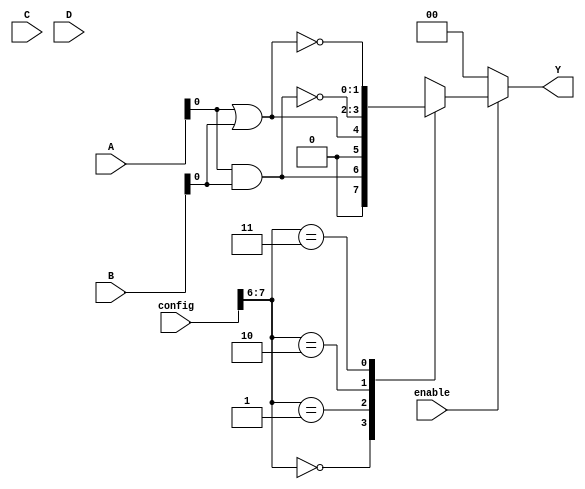
module CLB (
    input wire [3:0] A,         // 4 input signals
    input wire [3:0] B,         // 4 input signals
    input wire [3:0] C,         // 4 input signals
    input wire [3:0] D,         // 4 input signals
    input wire [7:0] config,    // Configuration input for the SRAM
    input wire enable,           // Enable signal
    output reg [1:0] Y          // 2 output signals
);

// SRAM to store the configuration bits
reg [7:0] SRAM [0:3]; // 4 SRAM cells, each 8 bits wide

// Logic function outputs
wire [1:0] logic_out;

// MUX selection based on SRAM configuration
always @(*) begin
    if (enable) begin
        // Evaluate logic functions based on SRAM configuration
        case (config[7:6]) // Example to select which logic function to implement
            2'b00: logic_out = A[0] & B[0]; // AND
            2'b01: logic_out = A[0] | B[0]; // OR
            2'b10: logic_out = ~(A[0] & B[0]); // NAND
            2'b11: logic_out = ~(A[0] | B[0]); // NOR
            default: logic_out = 2'b00; // Default case
        endcase
    end else begin
        logic_out = 2'b00; // When not enabled, output is 0
    end
end

// Output assignment
always @(*) begin
    Y = logic_out; // Assign the output to the logic result
end

// Configuration interface to load values into SRAM (for demonstration purposes)
task load_config(input [7:0] new_config, input integer address);
    if (address >= 0 && address < 4) begin
        SRAM[address] = new_config; // Load new configuration into SRAM
    end
endtask

endmodule